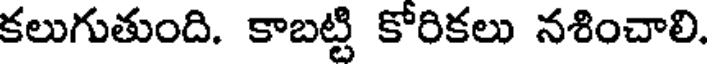
కలుగుతుంది. కాబట్టి కోరికలు నశించాలి.